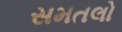
સમતલો